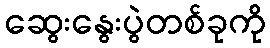
ဆွေးနွေးပွဲတစ်ခုကို